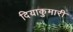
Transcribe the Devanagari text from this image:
दियाकुमारी